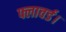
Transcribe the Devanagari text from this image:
फ्लावर्ड।